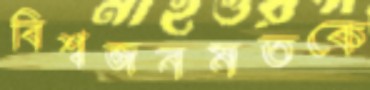
বিশ্বজনমতকে